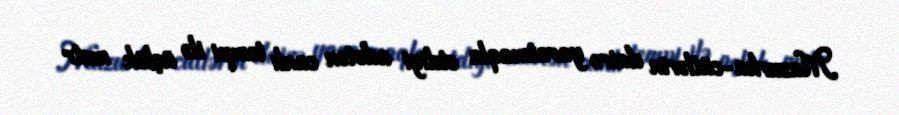
Mazurka-cütlərin dairə yaratmaqla etdiyi adətən canlı tempi ilə üçlük metr